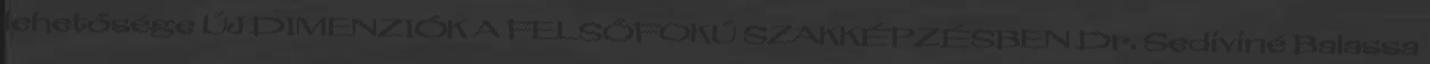
lehetősége ÚJ DIMENZIÓK A FELSŐFOKÚ SZAKKÉPZÉSBEN Dr. Sediviné Balassa